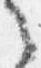
之